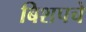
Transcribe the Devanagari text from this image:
बिशपचे